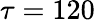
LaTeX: \tau=120